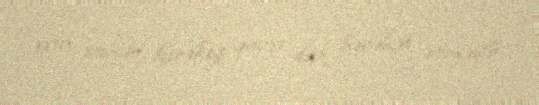
evin sahibi kirəkeş qarşı düz hərəkət etməyib.